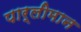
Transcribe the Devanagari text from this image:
पार्लीमान